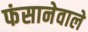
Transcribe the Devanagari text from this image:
फंसानेवाले